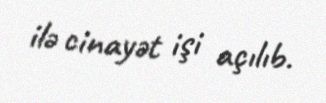
ilə cinayət işi açılıb.